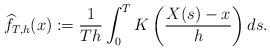
LaTeX: \begin{align*}\widehat f_{T,h}(x) :=\frac{1}{Th}\int_{0}^{T}K\left(\frac{X(s) - x}{h}\right)ds.\end{align*}